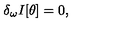
\delta _ { \omega } I [ \theta ] = 0 ,